Vaccination report Assam 1896-1927 - 1896-1927
Year: 1896
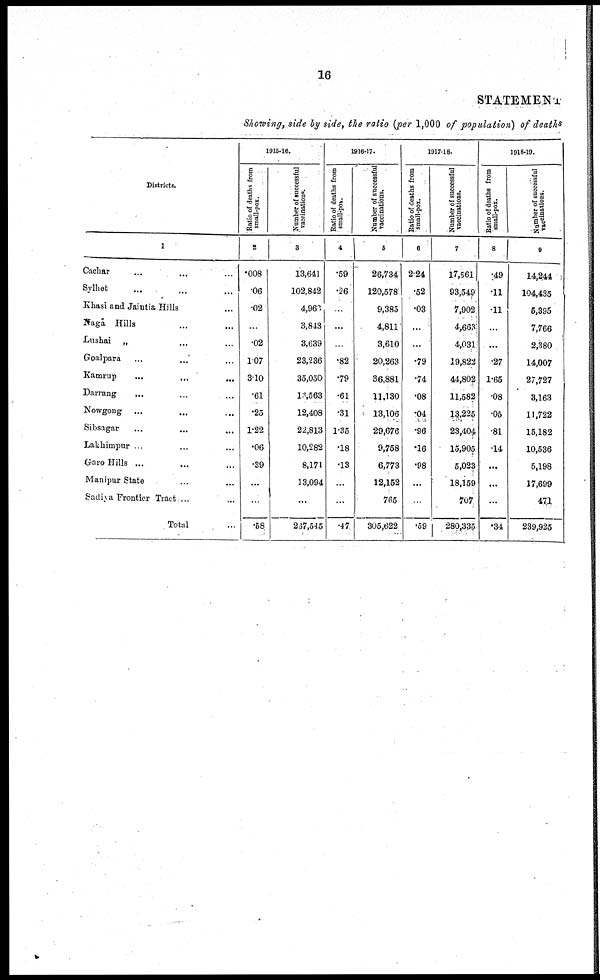
16
STATEMENT
Showing, side by side, the ratio (per 1,000 of population) of deaths
Districts.
1
Cachar ... ... ...
Sylhet ... ... ...
Khasi and Jaintia Hills ... ... ...
Naga Hills ... ... ...
Lushai „ ... ... ...
Goalpara ... ... ...
Kamrup
...
...
...
Darrang
... ... ...
Nowgong ...
... ...
Sibsagar ... ... ...
Lakhimpur ... ... ...
Garo Hills ... ... ...
Manipur State ... ... ...
Sadiya Frontier Tract ...
Total
1915-16.
Ratio of deaths from
small-pox.
2
.008
.06
.02
...
.02
107
3.10
.61
.25
1.22
.06
.39
...
...
.58
Number of successful
vaccinations.
3
13,641
102,842
4,963
3,843
3,639
23,236
35,050
13,563
12,408
22,813
10,282
8,171
13,094
...
237,545
1916-17.
Ratio of deaths from
small-pox.
4
.59
.26
...
...
...
.82
.79
.61
.31
1.35
.18
.13
...
...
.47
Number of successful
vaccinations.
5
26,734
120,578
9,385
4,811
3,610
20,263
36,881
11,130
13,106
29,676
9,758
6,773
12,152
765
305,622
1917-18.
Ratio of deaths from
small-pox.
6
2.24
.52
.03
...
...
.79
.74
.08
.04
.96
.16
.98
...
...
.59
Number of successful
vaccinations.
7
17,561
93,549
7,902
4,663
4,031
19,822
44,802
11,582
13,225
23,404
15,905
5,023
18,159
707
280,335
1918-19.
Ratio of deaths from
small-pox.
8
.49
.11
.11
...
...
.27
1.65
.08
.05
.81
.14
...
...
...
.34
Number of successful
vaccinations.
9
14,244
104,435
5,395
7,766
2,380
14,007
27,727
3,163
11,722
15,182
10,536
5,198
17,699
471
239,925